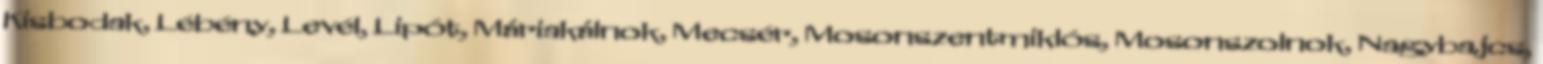
Kisbodak, Lébény, Levél, Lipót, Máriakálnok, Mecsér, Mosonszentmiklós, Mosonszolnok, Nagybajcs,